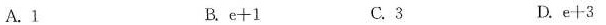
A.1 B.$$e + 1$$ C.3 D.$$e + 3$$